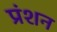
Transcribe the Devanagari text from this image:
प्रंशन